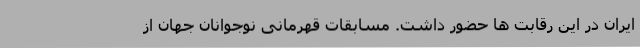
ایران در این رقابت ها حضور داشت. مسابقات قهرمانی نوجوانان جهان از